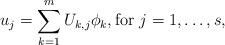
LaTeX: \begin{align*} u_{j} = \sum_{k=1}^{m} U_{k,j} \phi_{k}, \mbox{for $ j = 1, \ldots, s $,}\end{align*}